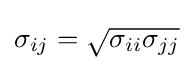
\sigma _{ij}={\sqrt {\sigma _{ii}\sigma _{jj}}}